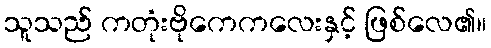
သူသည် ကတုံးဗိုကေကလေးနှင့် ဖြစ်လေ၏။